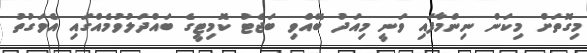
މިގޮތަށް މިކަން ނިންމާފައި ވަނީ މިއަދު ބޭއްވި ބަޖެޓު ކޮމިޓީގެ ބައްދަލުވުމެއްގައި އެވަގުތު